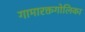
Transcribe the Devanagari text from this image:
गामारक्तगोलिका